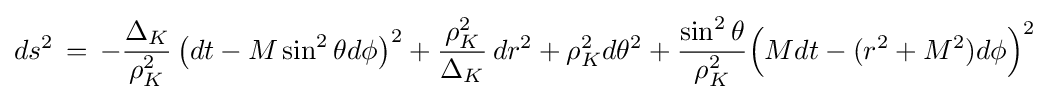
ds^{2}\,=\,-{\frac {\Delta _{K}}{\rho _{K}^{2}}}\,{\big (}dt-M\sin ^{2}\theta d\phi {\big )}^{2}+{\frac {\rho _{K}^{2}}{\Delta _{K}}}\,dr^{2}+\rho _{K}^{2}d\theta ^{2}+{\frac {\sin ^{2}\theta }{\rho _{K}^{2}}}{\Big (}Mdt-(r^{2}+M^{2})d\phi {\Big )}^{2}